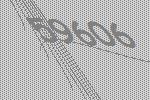
59606